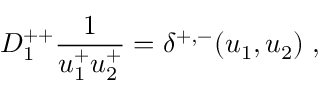
D _ { 1 } ^ { + + } { \frac { 1 } { u _ { 1 } ^ { + } u _ { 2 } ^ { + } } } = \delta ^ { + , - } ( u _ { 1 } , u _ { 2 } ) \; ,